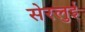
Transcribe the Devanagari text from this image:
सेरलुई